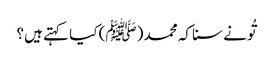
تُونے سنا کہ محمد (ﷺ) کیا کہتے ہیں؟